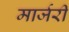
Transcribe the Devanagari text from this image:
मार्जरी